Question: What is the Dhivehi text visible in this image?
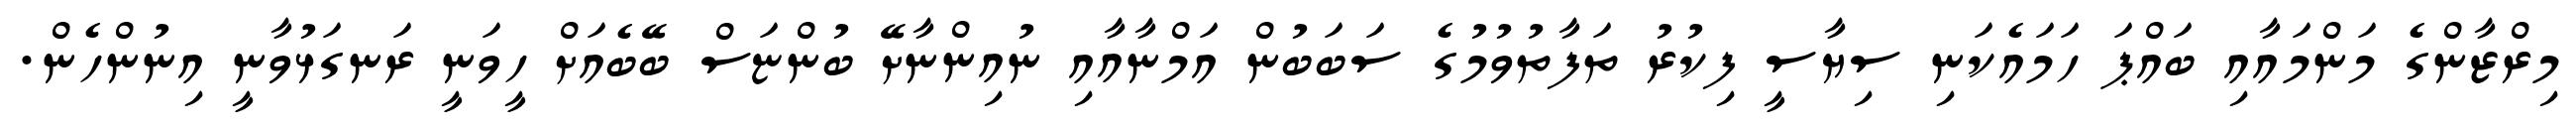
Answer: މިރްޒާންގެ މަންމައާއި ބައްޕަ ހަމައެކަނި ސިޔާސީ ފިކުރު ތަފާތުވުމުގެ ސަބަބުން އަމްނާއާއި ނުއިންނާށޭ ބުންޏަސް ބޭބެއަށް ހީވަނީ ރަނގަޅުވާނީ އިނުންހެން.